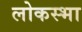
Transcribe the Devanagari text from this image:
लोकस्भा